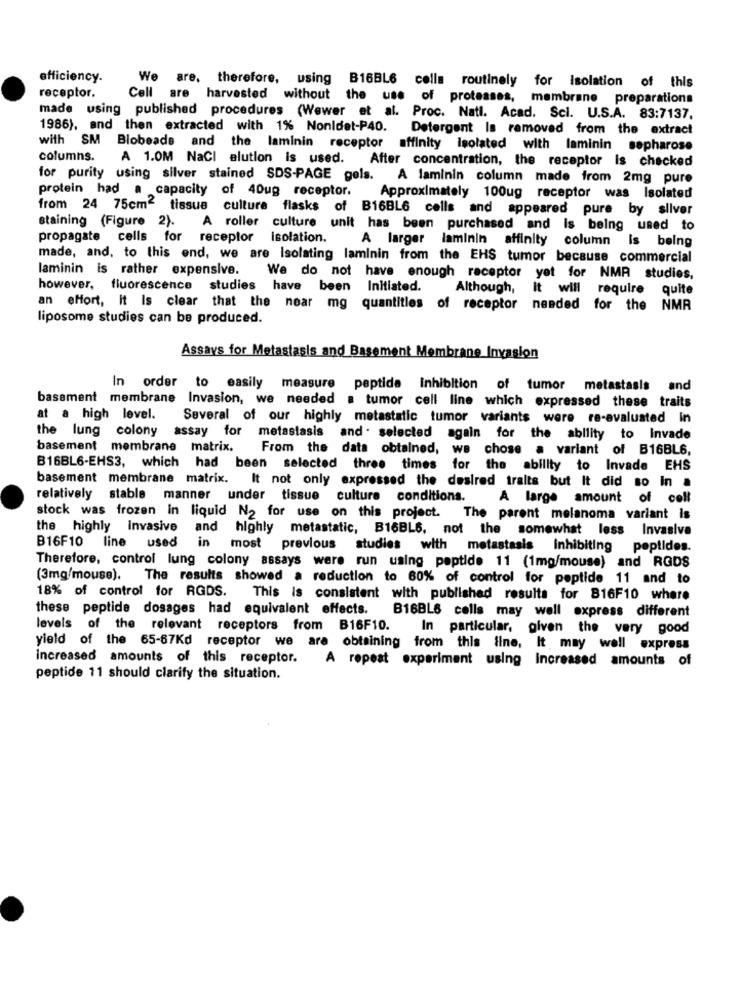
efficiency.
We are. therefore, using B16BL6 cells routinely for Isolation of this
receptor.
Cell are harvested without the use of proteases, membrane preparations
made using published procedures (Wewer et al. Proc. Natl. Acad. Sci. U.S.A. 83:7137.
1986), and then extracted with 1% Nonidet-P40. Detergent Is removed from the extract
with SM Blobeads and the laminin receptor affinity Isolated with laminin sepharose
columns.
A 1.0M NaCI elution is used.
After concentration, the receptor is checked
for purity using silver stained SDS-PAGE gels. A laminin column made from 2mg pure
protein had a capacity of 40ug receptor.
Approximately 100ug receptor was Isolated
from 24 75cm2 tissue culture flasks of B16BL6 cells and appeared pure by sliver
staining (Figure 2). A roller culture unit has been purchased and is being used to
propagate cells for receptor Isolation.
A larger laminin affinity column is being
made, and, to this end, we are Isolating laminin from the EHS tumor because commercial
laminin is rather expensive. We do not have enough receptor yet for NMA studies,
however, fluorescence studies have been Initiated.
Although, it will require quite
an effort, it Is clear that the near mg quantities of receptor needed for the NMR
liposome studies can be produced.
Assays for Metastasis and Basement Membrane Invasion
In order to easily measure peptida inhibition of tumor metastasis and
basement membrane Invasion, we needed a tumor cell line which expressed these traits
at a high level.
Several of our highly metastatic tumor variants were re-evaluated in
the lung colony assay for metastasis and . selected again for the ability to Invade
basement membrane matrix.
From the data obtained, we chose a variant of B16BL6,
B16BL6-EHS3, which had been selected three times for the ability to Invade EHS
basement membrane matrix. It not only expressed the desired traits but It did so In a
relatively stable manner under tissue culture conditions.
A large amount of coll
stock was frozen in liquid N2 for use on this project. The parent melanoma variant is
the highly Invasive and highly metastatic, B16BL6, not the somewhat less Invasiva
B16F10 line used
in most previous studies with metastasis Inhibiting peptides.
Therefore, control lung colony assays were run using peptide 11 (1mg/mouse) and RODS
(3mg/mouse). The results showed a reduction to 60% of control for peptide 11 and to
18% of control for RGDS.
This is consistent with published results for 816F10 where
these peptide dosages had equivalent effects. B16BL6 cells may well express different
levels of the relevant receptors from B16F10.
In particular, given the very good
yield of the 65-67Kd receptor we are obtaining from this ilne, It may well express
Increased amounts of this receptor.
A repeat experiment using increased amounts of
peptide 11 should clarify the situation.